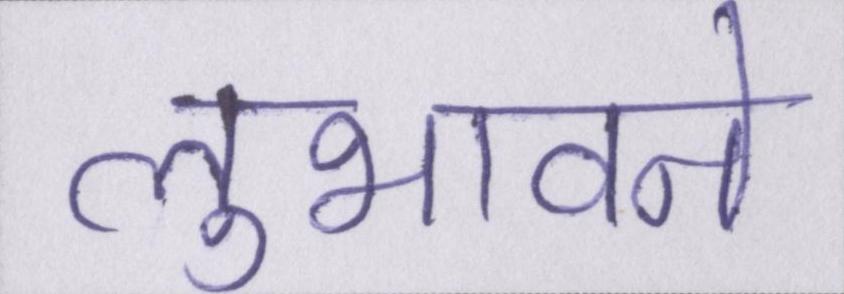
लुभावने